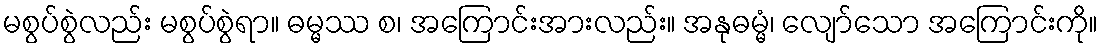
မစွပ်စွဲလည်း မစွပ်စွဲရာ။ ဓမ္မဿ စ၊ အကြောင်းအားလည်း။ အနုဓမ္မံ၊ လျော်သော အကြောင်းကို။